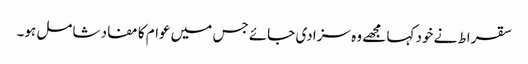
سقراط نے خود کہا مجھے وہ سزا دی جائے جس میں عوام کا مفاد شامل ہو۔